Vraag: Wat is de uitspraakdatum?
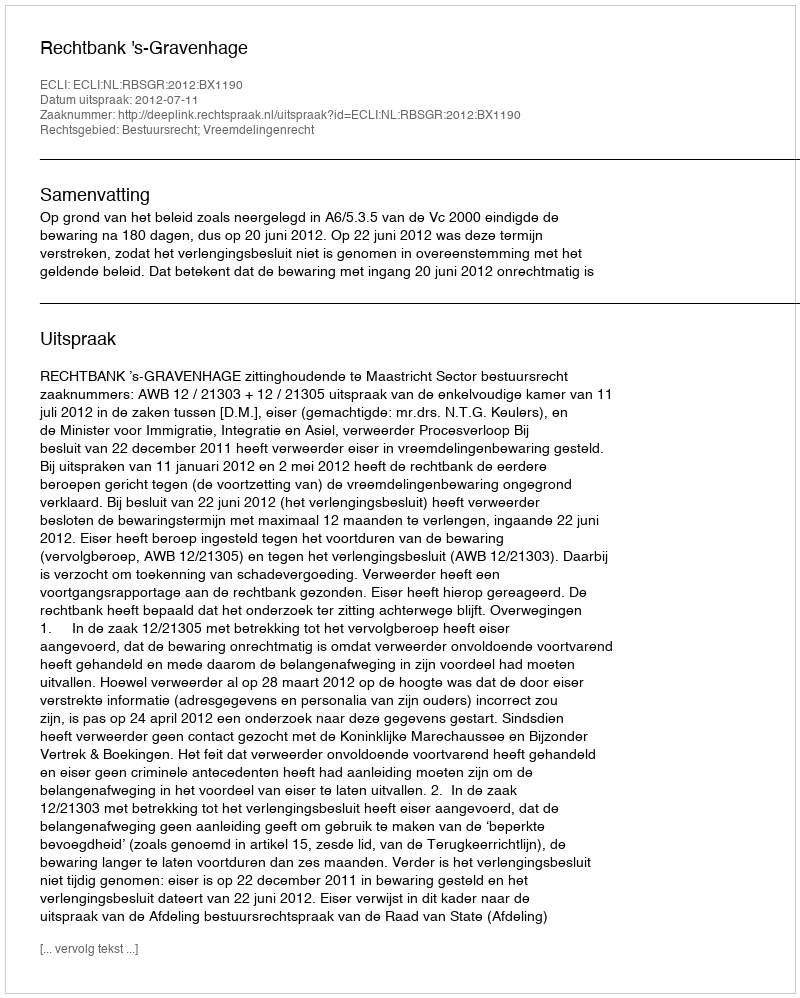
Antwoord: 2012-07-11